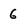
Character: 6